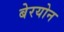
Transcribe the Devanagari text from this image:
बेरयोन